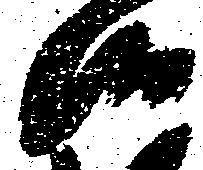
候